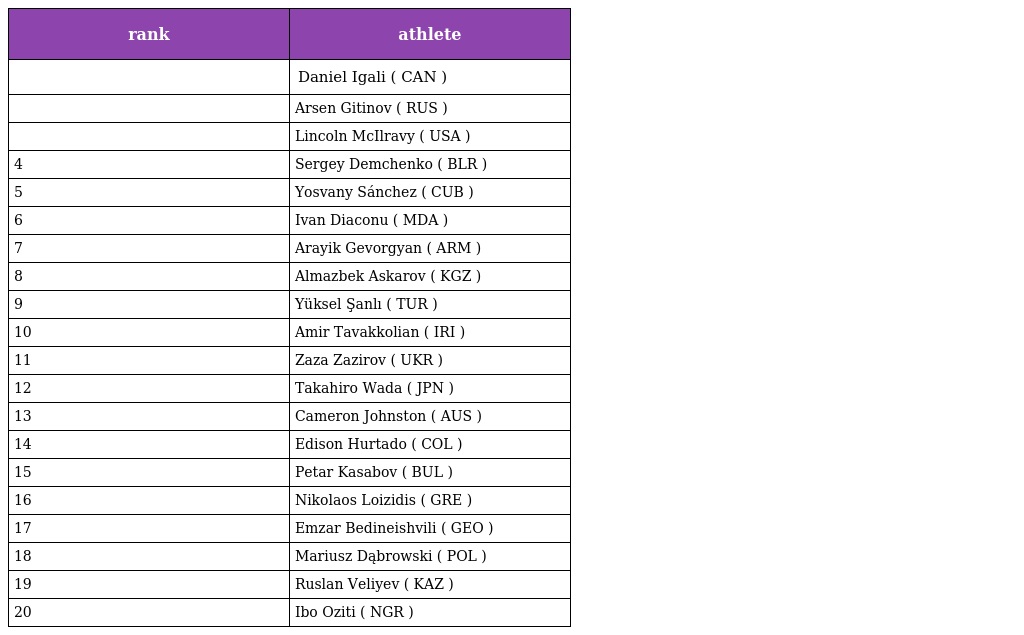
| rank | athlete |
 | --- | --- |
 |  | Daniel Igali ( CAN ) |
 |  | Arsen Gitinov ( RUS ) |
 |  | Lincoln McIlravy ( USA ) |
 | 4 | Sergey Demchenko ( BLR ) |
 | 5 | Yosvany Sánchez ( CUB ) |
 | 6 | Ivan Diaconu ( MDA ) |
 | 7 | Arayik Gevorgyan ( ARM ) |
 | 8 | Almazbek Askarov ( KGZ ) |
 | 9 | Yüksel Şanlı ( TUR ) |
 | 10 | Amir Tavakkolian ( IRI ) |
 | 11 | Zaza Zazirov ( UKR ) |
 | 12 | Takahiro Wada ( JPN ) |
 | 13 | Cameron Johnston ( AUS ) |
 | 14 | Edison Hurtado ( COL ) |
 | 15 | Petar Kasabov ( BUL ) |
 | 16 | Nikolaos Loizidis ( GRE ) |
 | 17 | Emzar Bedineishvili ( GEO ) |
 | 18 | Mariusz Dąbrowski ( POL ) |
 | 19 | Ruslan Veliyev ( KAZ ) |
 | 20 | Ibo Oziti ( NGR ) |